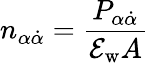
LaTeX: n_{\alpha\dot{\alpha}}=\frac{P_{\alpha\dot{\alpha}}}{{\cal E}_{\mathrm{w}}A}